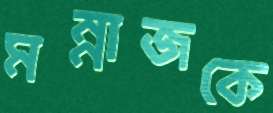
মন্নাজকে